Jaan_Tonisson_(Lasteleht), lk 248
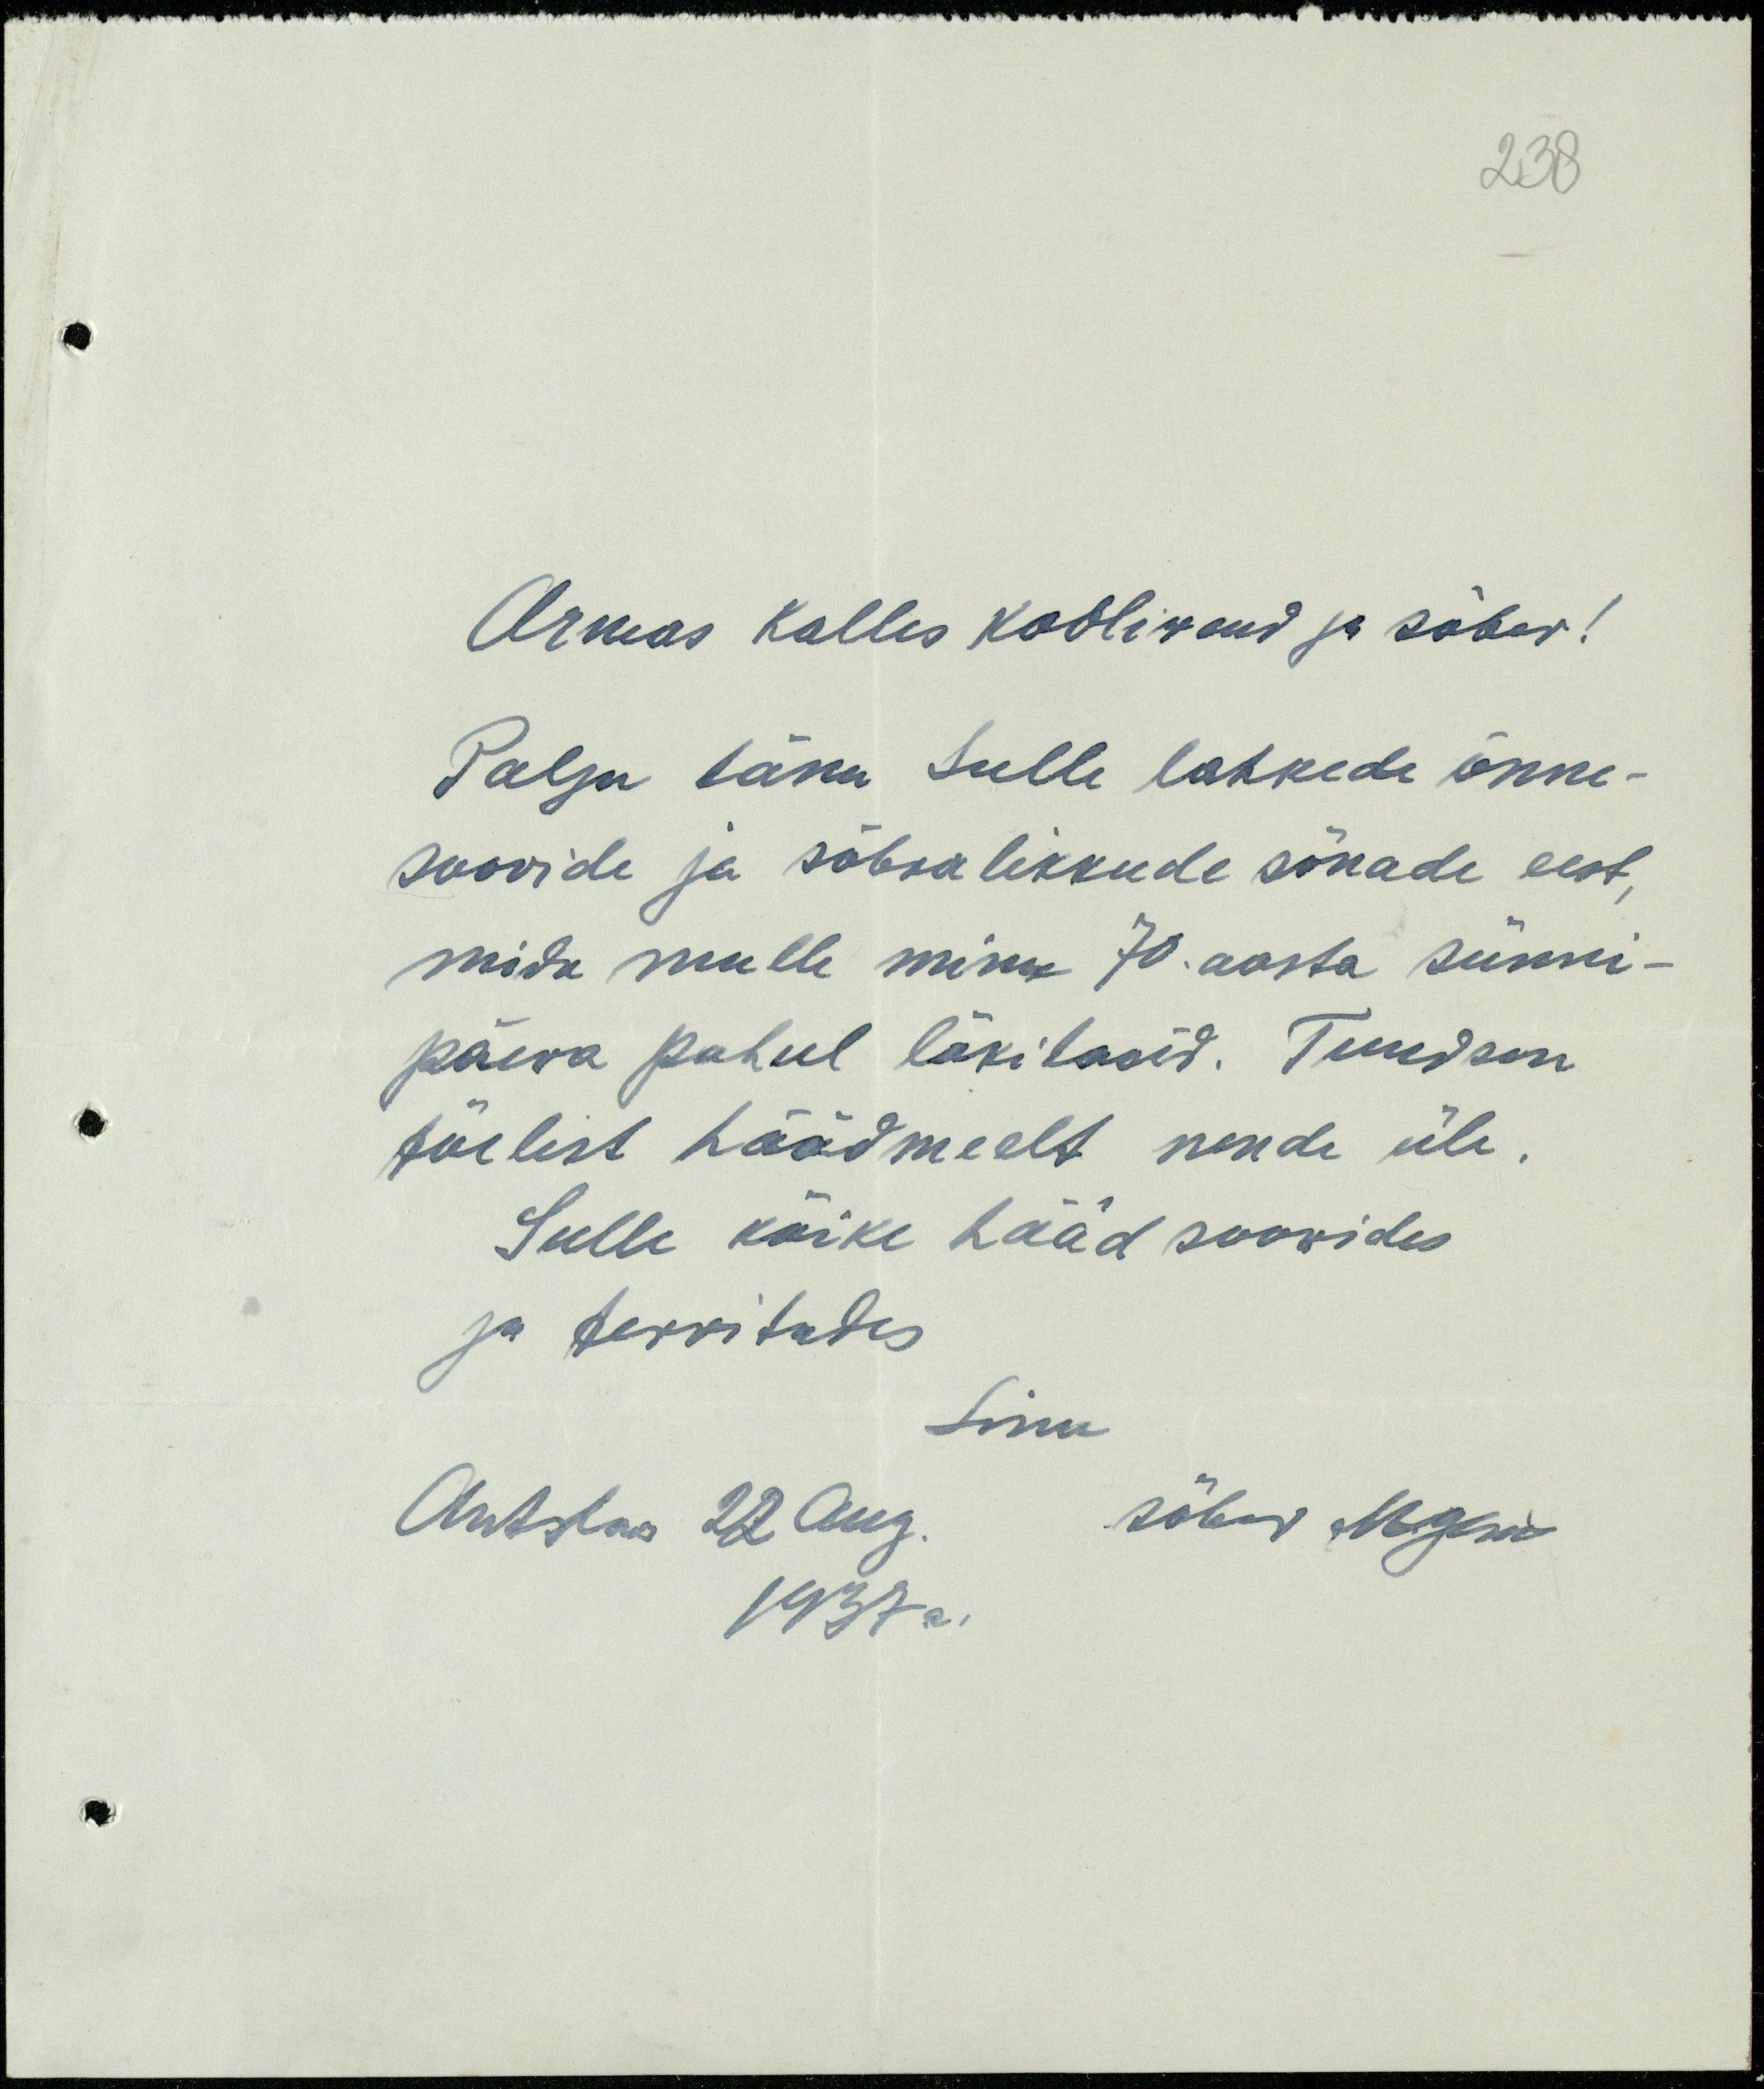
238

Armas Kallis kooliwend ja sõber!
Palju tänu sulle lahkede õnne-
soovide ja sõbralikkude sõnade eest,
mida mulle minu 70. aasta sünni-
päeva puhul läkitasid. Tundsin
tõelist häädmeelt nende üle.
Sulle kõike hääd soovides
ja tervitades
Sinu
Antslas 22 Aug.
sõber Mäew
1937 a.